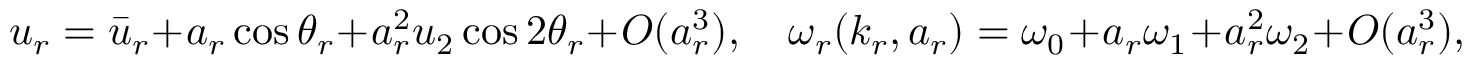
u _ { r } = \bar { u } _ { r } + a _ { r } \cos { \theta _ { r } } + a _ { r } ^ { 2 } u _ { 2 } \cos { 2 \theta _ { r } } + O ( a _ { r } ^ { 3 } ) , \quad \omega _ { r } ( k _ { r } , a _ { r } ) = \omega _ { 0 } + a _ { r } \omega _ { 1 } + a _ { r } ^ { 2 } \omega _ { 2 } + O ( a _ { r } ^ { 3 } ) ,